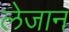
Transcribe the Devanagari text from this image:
लेजान